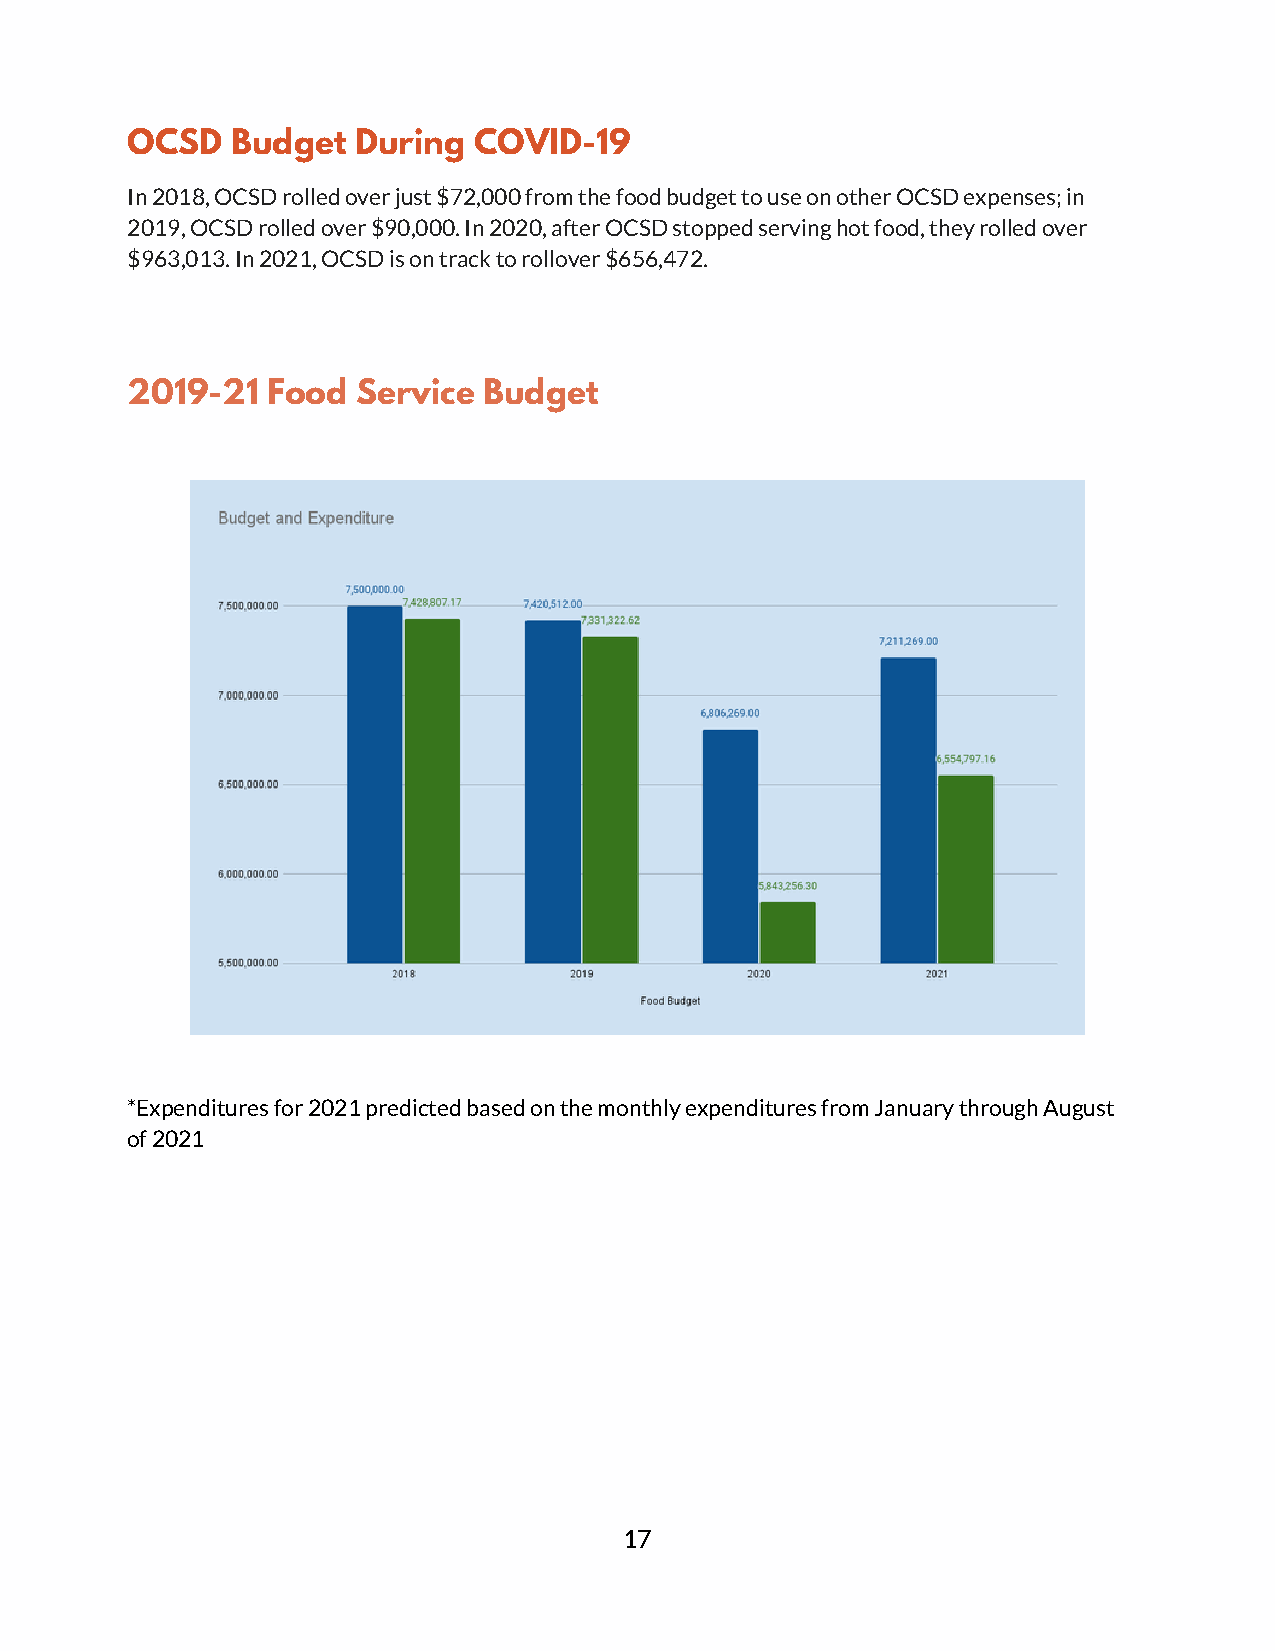
OCSD   Budget  During  COVID-19
 In 2018, OCSD rolled over just $72,000 from the food budget to use on other OCSD expenses; in
 2019, OCSD rolled over $90,000. In 2020, after OCSD stopped serving hot food, they rolled over
 $963,013. In 2021, OCSD is on track to rollover $656,472.
 2019-21   Food  Service Budget
 *Expenditures for 2021 predicted based on the monthly expenditures from January through August
 of 2021
 17